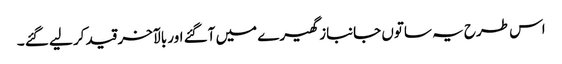
اس طرح یہ ساتوں جانباز گھیرے میں آگئے اور بالآخر قید کر لیے گئے ۔